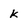
Character: k